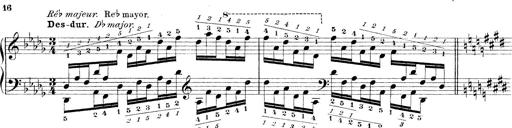
Title: Technische Studien
Composer: Franz Liszt